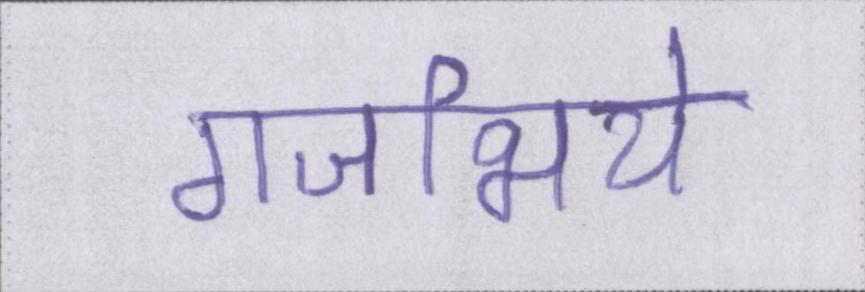
गजभिये